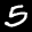
Label: 5